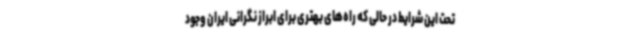
تحت این شرایط در حالی که راه‌های بهتری برای ابراز نگرانی ایران وجود